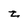
Character: z